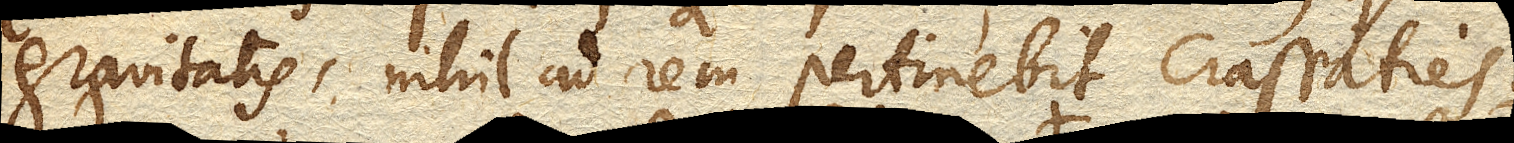
gravitatis, nihil ad rem pertinebit crassities.